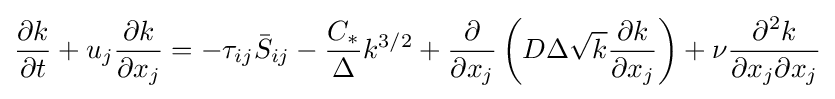
{\frac {\partial k}{\partial t}}+u_{j}{\frac {\partial k}{\partial x_{j}}}=-\tau _{ij}{\bar {S}}_{ij}-{\frac {C_{*}}{\Delta }}k^{3/2}+{\frac {\partial }{\partial x_{j}}}\left(D\Delta {\sqrt {k}}{\frac {\partial k}{\partial x_{j}}}\right)+\nu {\frac {\partial ^{2}k}{\partial x_{j}\partial x_{j}}}